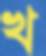
খ